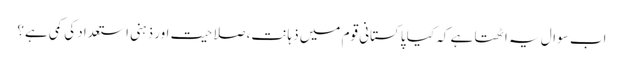
اب سوال یہ اٹھتا ہے کہ کیا پاکستانی قوم میں ذہانت، صلاحیت اور ذہنی استعداد کی کمی ہے؟